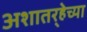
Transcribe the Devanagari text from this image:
अशातर्‍हेच्या